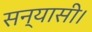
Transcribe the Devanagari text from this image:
सन्यासी।